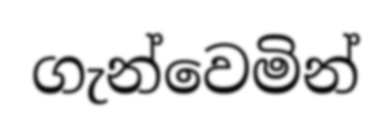
ගැන්වෙමින්